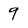
Character: 9